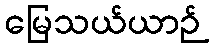
မြေသယ်ယာဉ်